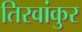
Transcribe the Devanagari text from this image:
तिरवांकुर